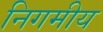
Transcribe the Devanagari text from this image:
निगमीय